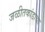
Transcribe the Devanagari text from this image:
जळीतकांडाचा